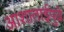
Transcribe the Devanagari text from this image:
आशाताईंपुढे